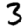
Digit: 3